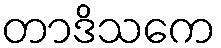
တာဒိသကေ